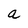
Character: a